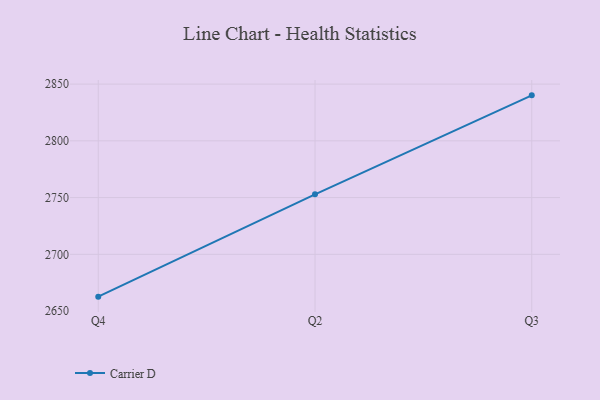
{"axis": {"x": "Quarter", "y": "Inventory Turnover"}, "legend": ["Carrier D"], "data": [{"x": "Q4", "y": 2662.7, "type": "Carrier D"}, {"x": "Q2", "y": 2752.9, "type": "Carrier D"}, {"x": "Q3", "y": 2840.1, "type": "Carrier D"}]}